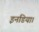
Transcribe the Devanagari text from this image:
इनडिया।